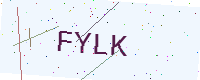
Text: FYLK